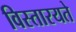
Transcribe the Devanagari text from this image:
विस्तारयते